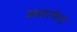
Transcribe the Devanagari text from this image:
ब्ब्सरफेस